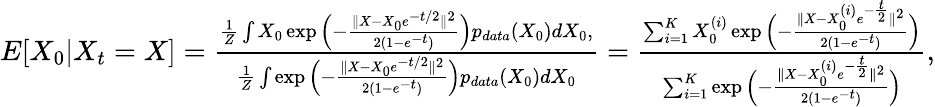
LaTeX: \begin{array}{r}{E[X_{0}|X_{t}=X]=\frac{\frac{1}{Z}\int X_{0}\exp\Big(-\frac{\| X-X_{0}e^{-t/2}\| ^{2}}{2(1-e^{-t})}\Big)p_{data}(X_{0})dX_{0},}{\frac{1}{Z}\int\exp\Big(-\frac{\| X-X_{0}e^{-t/2}\| ^{2}}{2(1-e^{-t})}\Big)p_{data}(X_{0})dX_{0}}=\frac{\sum_{i=1}^{K}X_{0}^{(i)}\exp{\Big(-\frac{\| X-X_{0}^{(i)}e^{-\frac{t}{2}}\| ^{2}}{2(1-e^{-t})}\Big)}}{\sum_{i=1}^{K}\exp{\Big(-\frac{\| X-X_{0}^{(i)}e^{-\frac{t}{2}}\| ^{2}}{2(1-e^{-t})}\Big)}},}\end{array}